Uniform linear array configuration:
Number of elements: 16
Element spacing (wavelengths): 0.5
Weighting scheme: binomial
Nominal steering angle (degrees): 30
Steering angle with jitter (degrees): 28.048
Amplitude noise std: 0.05
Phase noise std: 0.05

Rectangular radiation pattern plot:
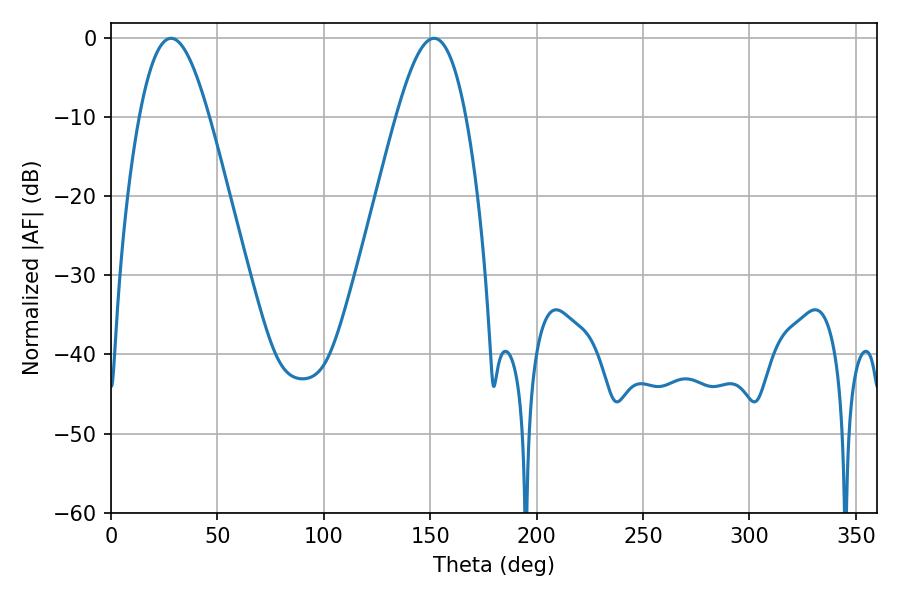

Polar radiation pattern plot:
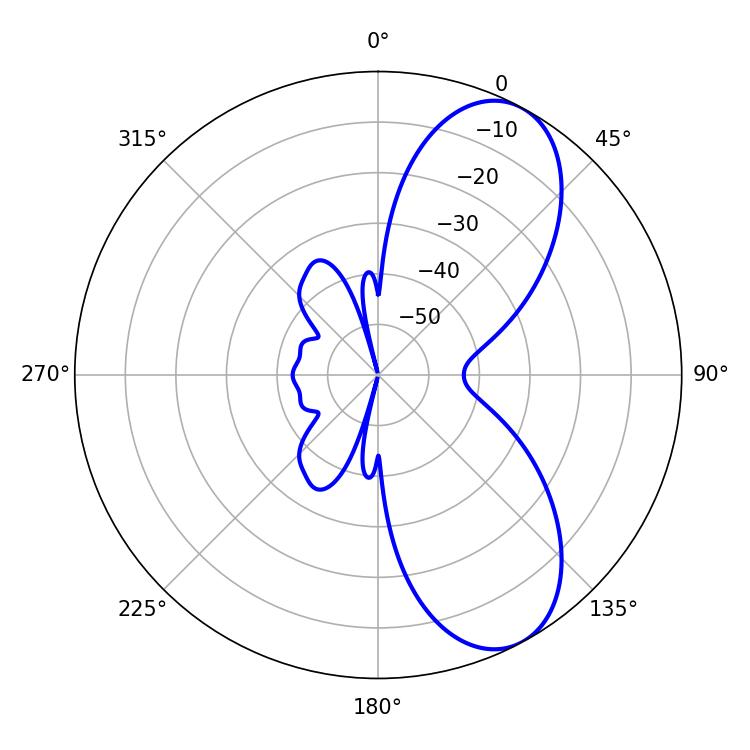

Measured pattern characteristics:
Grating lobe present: FALSE
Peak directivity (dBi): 7.897
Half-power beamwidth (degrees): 17.64
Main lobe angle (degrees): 28.26